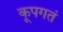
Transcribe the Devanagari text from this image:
कूपगतं